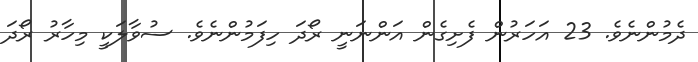
ދެމުންނެވެ. 23 އަހަރުން ފެށިގެން އަންނަނީ ރޯދަ ހިފަމުންނެވެ. ސުވާލަކީ މިހާރު ރޯދަ